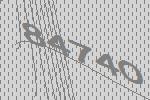
84740